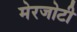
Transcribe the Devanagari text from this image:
मेरजोटी